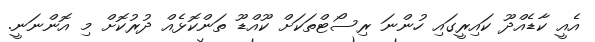
އެއީ ކާޑެއްދޫ ކައިރީގައި ހުންނަ ރިސޯޓްތަކަށް ކޫއްޑޫ ތަންކޮޅެއް ދުރުކޮށް މި އޮންނަނީ.